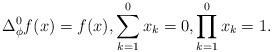
LaTeX: \begin{align*}\Delta_\phi^0 f(x)=f(x),\sum_{k=1}^0 x_k=0,\prod_{k=1}^0 x_k=1.\end{align*}